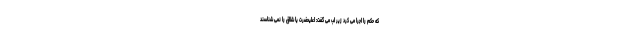
که حکم را اجرا می کرد زیر لب می گفت: اعلیحضرت یا شلاق را نمی شناسند